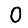
Digit: 0